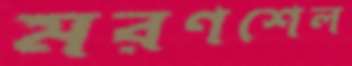
মরণশেল